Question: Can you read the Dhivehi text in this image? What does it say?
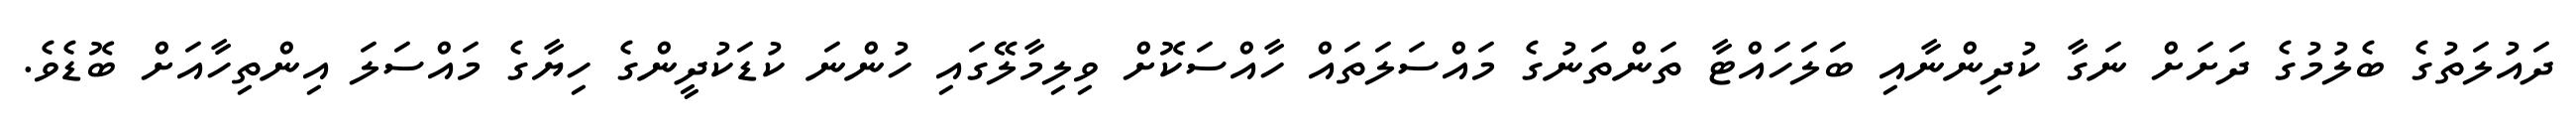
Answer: ދައުލަތުގެ ބެލުމުގެ ދަށަށް ނަގާ ކުދިންނާއި ބަލަހައްޓާ ތަންތަނުގެ މައްސަލަތައް ހާއްސަކޮށް ވިލިމާލޭގައި ހުންނަ ކުޑަކުދީންގެ ހިޔާގެ މައްސަލަ އިންތިހާއަށް ބޮޑެވެ.